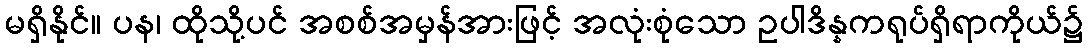
မရှိနိုင်။ ပန၊ ထိုသို့ပင် အစစ်အမှန်အားဖြင့် အလုံးစုံသော ဥပါဒိန္နကရုပ်ရှိရာကိုယ်၌